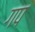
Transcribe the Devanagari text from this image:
गप